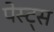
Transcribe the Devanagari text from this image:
पेस्ट्स